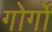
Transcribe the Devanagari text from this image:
गोर्गों